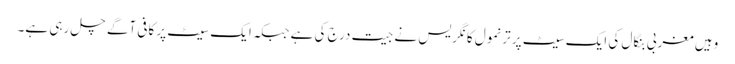
وہیں مغربی بنگال کی ایک سیٹ پر ترنمول کانگریس نے جیت درج کی ہے جبکہ ایک سیٹ پر کافی آگے چل رہی ہے۔